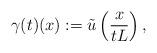
LaTeX: \begin{align*}\gamma(t)(x) := \tilde{u}\left(\dfrac{x}{tL}\right),\end{align*}